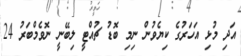
އަދި މުޅި އަހަރުގެ ކިޔެވުން ނިމި ބޮޑު ޗުއްޓީ ލިބޭނީ ނޮވެމްބަރު 24